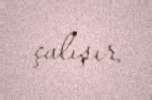
çalışır.